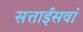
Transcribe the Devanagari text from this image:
सत्ताईसवां